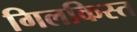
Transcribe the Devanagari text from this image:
गिलकिस्त